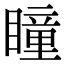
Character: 瞳